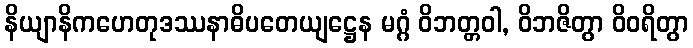
နိယျာနိကဟေတုဒဿနာဓိပတေယျဋ္ဌေန မဂ္ဂံ ဝိဘတ္တဝါ, ဝိဘဇိတွာ ဝိဝရိတွာ